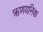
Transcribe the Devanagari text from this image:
ऋणयनिक